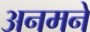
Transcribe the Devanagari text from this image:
अनमने